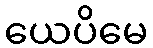
ယေပိမေ